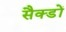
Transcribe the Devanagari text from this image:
सैक्डों